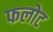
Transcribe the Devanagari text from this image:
फलोट